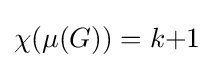
\chi (\mu (G))=k{+}1